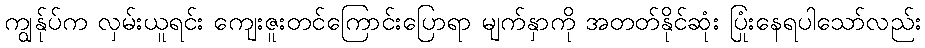
ကျွန်ုပ်က လှမ်းယူရင်း ကျေးဇူးတင်ကြောင်းပြောရာ မျက်နှာကို အတတ်နိုင်ဆုံး ပြုံးနေရပါသော်လည်း